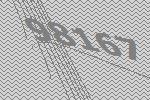
98167